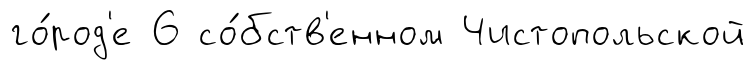
го́род'е 6 со́бств'енном Чистопольской